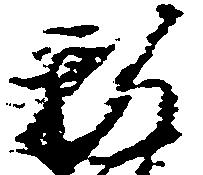
智